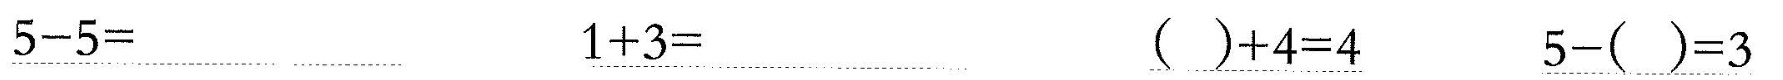
\underline{$$5 - 5 =$$} \underline{$$1 + 3 =$$} \underline{$$( ) + 4 = 4$$} \underline{$$5 - ( ) = 3$$}